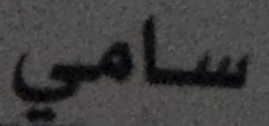
سامي